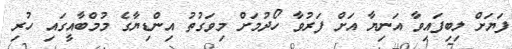
ފަޔަށް ލިބިފައިވާ އަނިޔާ އަށް ފަރުވާ ހޯދުމަށް މިވަގުތު އިންޑިޔާގެ މުމްބާއީގައި ހުރި